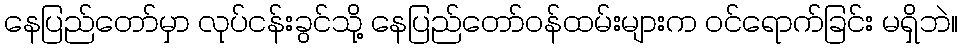
နေပြည်တော်မှာ လုပ်ငန်းခွင်သို့ နေပြည်တော်ဝန်ထမ်းများက ဝင်ရောက်ခြင်း မရှိဘဲ။